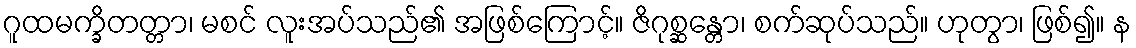
ဂူထမက္ခိတတ္တာ၊ မစင် လူးအပ်သည်၏ အဖြစ်ကြောင့်။ ဇိဂုစ္ဆန္တော၊ စက်ဆုပ်သည်။ ဟုတွာ၊ ဖြစ်၍။ န